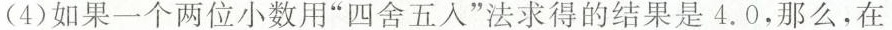
(4)如果一个两位小数用”四舍五入”法求得的结果是4.0，那么，在